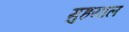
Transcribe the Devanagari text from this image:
मुहयाल